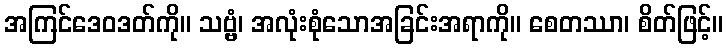
အကြင်ဒေဝဒတ်ကို။ သဗ္ဗံ၊ အလုံးစုံသောအခြင်းအရာကို။ စေတဿာ၊ စိတ်ဖြင့်။